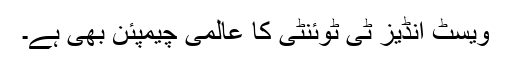
ویسٹ انڈیز ٹی ٹوئنٹی کا عالمی چیمپئن بھی ہے۔